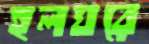
হলঘরে